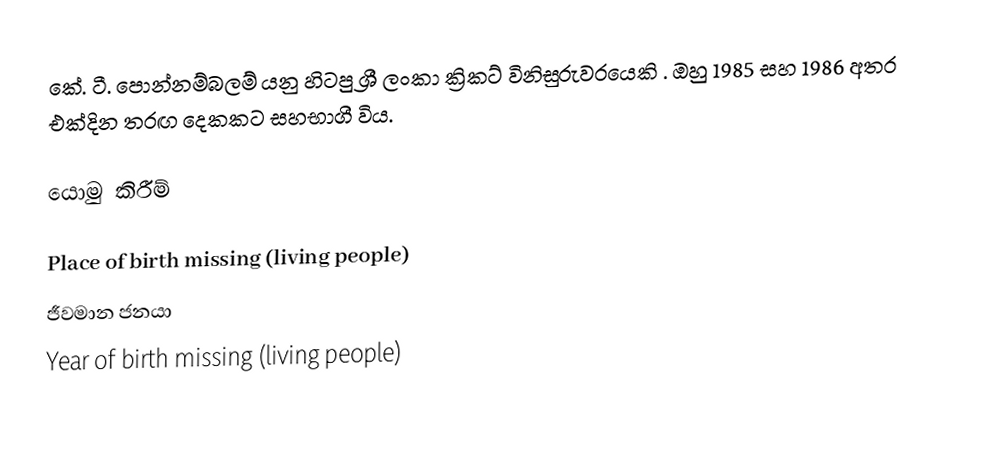
කේ. ටී. පොන්නම්බලම් යනු හිටපු ශ්‍රී ලංකා ක්‍රිකට් විනිසුරුවරයෙකි . ඔහු 1985 සහ 1986 අතර එක්දින තරඟ දෙකකට සහභාගී විය.

යොමු කිරීම්

Place of birth missing (living people)
ජීවමාන ජනයා
Year of birth missing (living people)